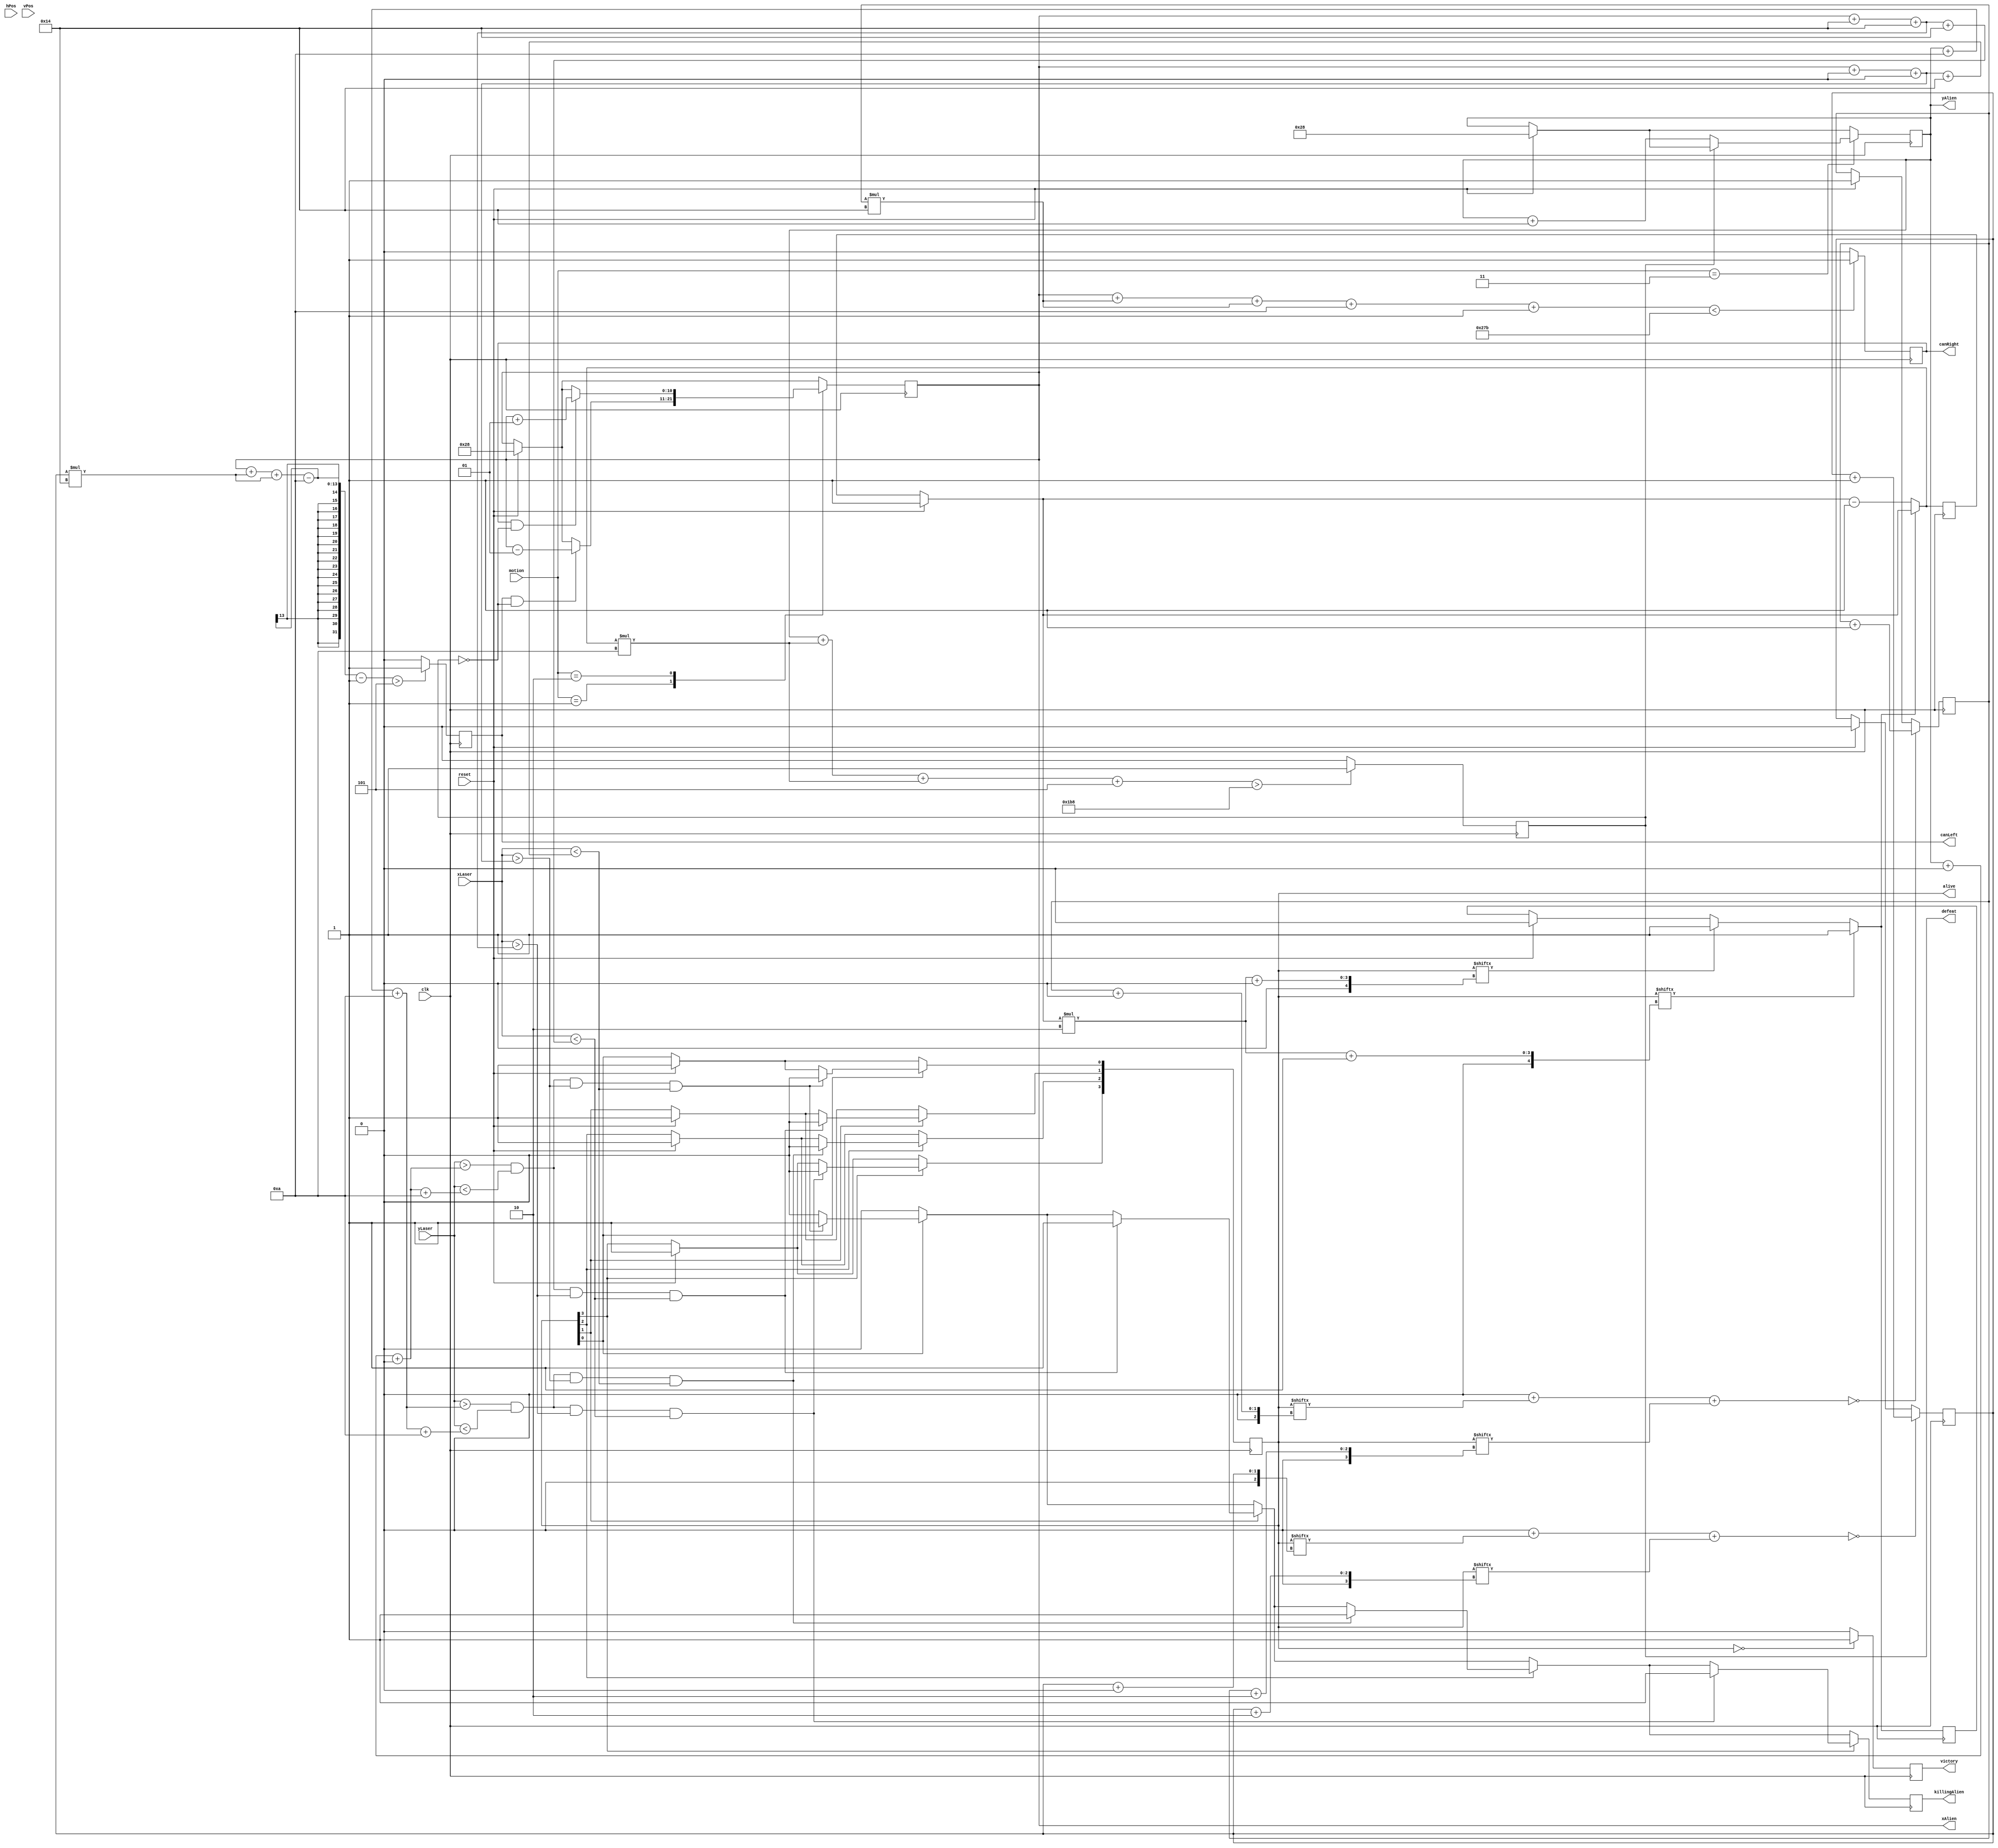
`timescale 1ns / 1ps

module AliensMotion(
    clk,reset,
    xLaser,
    yLaser,
    motion,
    hPos,
    vPos,
    killingAlien,
    canLeft,
    canRight,
    victory,
    defeat,
    xAlien, // needs to be signed 
    yAlien,
    alive // On place les 32 aliens;
);

parameter NB_LIN = 2;
parameter NB_COL = 2;

parameter NB_ALIENS = NB_COL*NB_LIN;

function integer Size(input integer in);
		for (Size =0 ; in >0 ; Size = Size + 1) in = in >> 1 ;
endfunction



localparam SIZE_I = Size(NB_LIN);
localparam SIZE_J = Size(NB_COL);

    
parameter OFFSET_H = 10;
parameter OFFSET_V = 5 ; 
    
parameter ALIENS_WIDTH = 20 ;
parameter ALIENS_HEIGHT = 10;
    
parameter STEP_H = 20 ; // Space between Aliens
parameter STEP_V = 10 ;
    
parameter STEP_H_MOTION = 20 ;
parameter STEP_V_MOTION = 1 ;
    
parameter SCREEN_WIDTH = 640 ;
parameter SCREEN_HEIGHT = 480;

// Parameters for motion : 

parameter LEFT = 1;
parameter RIGHT = 2;
parameter DOWN = 3;

// Parameters for our ship : 

parameter LIMIT_BOTTOM = 40;


///////////////////////////////////////////////////////

// Inputs & Outputs : 

input clk;
input reset;
input [9:0] xLaser;
input [9:0] yLaser;
input [1:0] motion;
input [9:0] hPos;
input [9:0] vPos;
output reg killingAlien;
output reg canLeft;
output reg canRight;
output reg victory;
output reg defeat;
output reg signed [10:0] xAlien; // needs to be signed 
output reg [9:0] yAlien;
output reg [NB_ALIENS-1:0] alive; // On place les NB_ALIENS aliens;

////////////////////////////////////////////////////

reg indxLeft; // First alive col 
reg indxRight; // Last alive col
reg indxBottom; // First layer 
reg testBottom = 0; // Test if our first layer our aliens is done or not 


reg signed [10:0] x;
reg [9:0] y;

//integer i;
//integer j;
//integer k;
reg [SIZE_I -1:0] i;
reg [SIZE_J -1:0] j;
reg [SIZE_J -1:0] k;

reg [SIZE_I -1:0] sumLeft;
reg [SIZE_I -1:0] sumRight;
reg [SIZE_I -1:0] iLeft;
reg [SIZE_I -1:0] iRight;
// First, we move our aliens : 

always @(posedge clk) begin 

    

    if (reset) begin 
        alive <= 4294967295;//Init all on 1 (i.e 2**32-1)
        xAlien <= 40; //Default value 
        yAlien <= 40;  // Default value 
        indxLeft <= 0;
        indxRight <= NB_COL-1;
        indxBottom = NB_LIN -1;
        testBottom = 0;
		  killingAlien = 0;
		  defeat <= 0;
		  victory <= 0;
    end 

    // Update on indxLeft and right, it will help us to compute canLeft and canRight 
    sumLeft = 0;
    sumRight = 0;
    for (iLeft = 0 ; iLeft < NB_LIN ; iLeft = iLeft +1) begin
        sumLeft = sumLeft + alive[indxLeft + iLeft*NB_COL];
    end 
    for (iRight = 0 ; iRight < NB_LIN ; iRight = iRight +1) begin
        sumRight = sumRight + alive[indxRight + iRight*NB_COL];
    end 

    if (sumLeft == 0) indxLeft <= indxLeft + 1;
    if (sumRight == 0) indxRight <= indxRight +1;

    
    // Update on indxBottom : 
    
    for (k = 0 ; k < NB_COL ; k = k+1) begin 
        if (alive[indxBottom*NB_COL + k]) testBottom = 1;
    end 

    if (testBottom == 0) indxBottom = indxBottom - 1;

    // testing our victory ? 

    victory <= (alive == 0) ? 1 : 0;

    // and defeat : 

    defeat <= ((yAlien + indxBottom*STEP_V+indxBottom*ALIENS_HEIGHT + ALIENS_HEIGHT/2 > SCREEN_HEIGHT - LIMIT_BOTTOM)) ? 1 : 0;

    // Computing canLeft and canRight : 

    canLeft <= (xAlien + indxLeft*STEP_H + indxLeft*ALIENS_WIDTH - ALIENS_WIDTH/2 - STEP_V_MOTION > OFFSET_V) ? 1 : 0; 

    canRight <= (xAlien + indxRight*STEP_H + indxRight*ALIENS_WIDTH + ALIENS_WIDTH/2 + STEP_V_MOTION < SCREEN_WIDTH - OFFSET_V) ? 1 : 0;

    // Going through every aliens 
	killingAlien = 0;
    for (i = 0 ; i < NB_LIN ; i=i+1) begin
        for (j = 0 ; j < NB_COL ; j=j+1) begin 
        // We are considering the alien on the i-th ligne and the j_th col, it means that :
        // his coordinates are : X := xAlien + j*STEP_H + j*ALIENS_WIDTH  
        // and Y := yAlien + i*STEP_V + i*ALIENS_HEIGHT 
        if (alive[i*NB_COL + j]) begin 
            x = xAlien + j*STEP_H + j*ALIENS_WIDTH;
            y = yAlien + i*STEP_V + i*ALIENS_HEIGHT;
            if (yLaser > y && yLaser < y + ALIENS_HEIGHT && xLaser > x && xLaser < x + ALIENS_WIDTH) begin 
                killingAlien =1;
                alive[i*NB_COL + j] <= 0;
            end 
        end 
           
        
        end 
    end


    // Finally, we move our aliens : 



    case (motion) 
        LEFT : if (canLeft && ~defeat) xAlien <= xAlien - STEP_V_MOTION;
        RIGHT : if (canRight && ~defeat) xAlien <= xAlien + STEP_V_MOTION;
        DOWN : if (~defeat) yAlien <= yAlien + STEP_H_MOTION;
    endcase


end 

endmodule